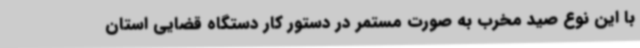
با این نوع صید مخرب به صورت مستمر در دستور کار دستگاه قضایی استان